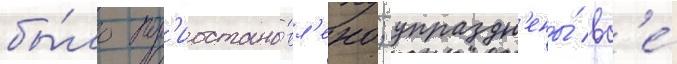
бы́ло пр'иостано́вл'ено; упраздн'ены́ вс'е́